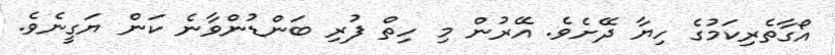
އޯގާތެރިކަމުގެ ހިޔާ ދޭށެވެ. އޭރުން މި ހިތް ފުރި ބަންޑުންވާނެ ކަން ޔަގީނެވެ.